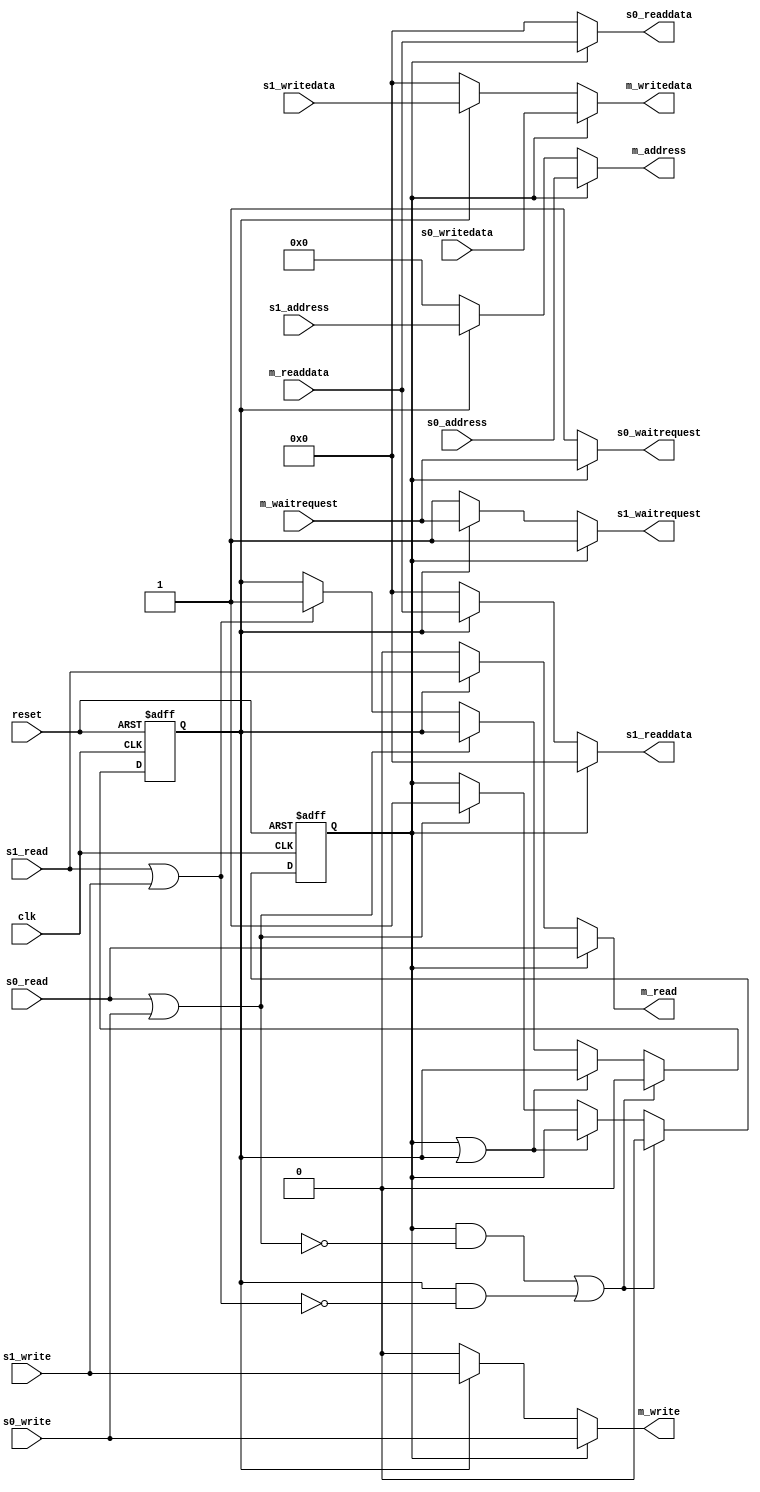
module arbiter(
	input wire clk,
	input wire reset,

	// Slave 0
	input wire [17:0] s0_address,
	input wire s0_write,
	input wire s0_read,
	input wire [35:0] s0_writedata,
	output reg [35:0] s0_readdata,
	output reg s0_waitrequest,

	// Slave 1
	input wire [17:0] s1_address,
	input wire s1_write,
	input wire s1_read,
	input wire [35:0] s1_writedata,
	output reg [35:0] s1_readdata,
	output reg s1_waitrequest,

	// Master
	output reg [17:0] m_address,
	output reg m_write,
	output reg m_read,
	output reg [35:0] m_writedata,
	input wire [35:0] m_readdata,
	input wire m_waitrequest
);

	wire cyc0 = s0_read | s0_write;
	wire cyc1 = s1_read | s1_write;
	reg sel0, sel1;
	wire connected = sel0 | sel1;

	always @(posedge clk or negedge reset) begin
		if(~reset) begin
			sel0 <= 0;
			sel1 <= 0;
		end else begin
			if(sel0 & ~cyc0 | sel1 & ~cyc1) begin
				// disconnect if cycle is done
				sel0 <= 0;
				sel1 <= 0;
			end else if(~connected) begin
				// connect to master 0 or 1
				if(cyc0)
					sel0 <= 1;
				else if(cyc1)
					sel1 <= 1;
			end
		end
	end

	// Do the connection
	always @(*) begin
		if(sel0) begin
			m_address <= s0_address;
			m_write <= s0_write;
			m_read <= s0_read;
			m_writedata <= s0_writedata;
			s0_readdata <= m_readdata;
			s0_waitrequest <= m_waitrequest;
			s1_readdata <= 0;
			s1_waitrequest <= 1;
		end else if(sel1) begin
			m_address <= s1_address;
			m_write <= s1_write;
			m_read <= s1_read;
			m_writedata <= s1_writedata;
			s1_readdata <= m_readdata;
			s1_waitrequest <= m_waitrequest;
			s0_readdata <= 0;
			s0_waitrequest <= 1;
		end else begin
			m_address <= 0;
			m_write <= 0;
			m_read <= 0;
			m_writedata <= 0;
			s0_readdata <= 0;
			s0_waitrequest <= 1;
			s1_readdata <= 0;
			s1_waitrequest <= 1;
		end
	end
endmodule